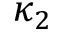
\kappa _ { 2 }